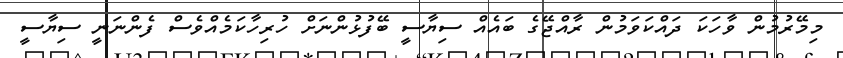
މިމޭރުމުން ވާހަކަ ދައްކަވަމުން ރާއްޖޭގެ ބައެއް ސިޔާސީ ބޭފުޅުންނަށް ހުރިހާކަމެއްވެސް ފެންނަނީ ސިޔާސީ